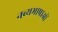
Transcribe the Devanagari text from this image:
नव्यभाषाओं